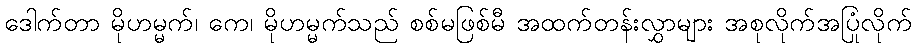
ဒေါက်တာ မိုဟမ္မက်၊ ကေ၊ မိုဟမ္မက်သည် စစ်မဖြစ်မီ အထက်တန်းလွှာများ အစုလိုက်အပြုံလိုက်